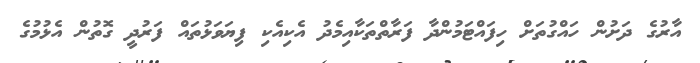
އާރުގެ ދަށުން ހައްގުތަށް ހިފައްޓަމުންދާ ފަރާތްތަކާއިމެދު އެކިއެކި ފިޔަވަޅުތައް ފަރުދީ ގޮތުން އެޅުމުގެ